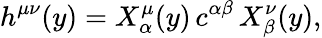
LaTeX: h^{\mu\nu}(y)=X_{\alpha}^{\mu}(y)\, c^{\alpha\beta}\, X_{\beta}^{\nu}(y),